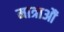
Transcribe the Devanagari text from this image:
मात्राऔं